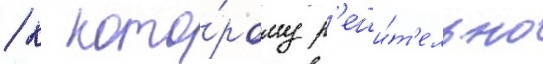
/ к кото́рому р'еши́т'ельно